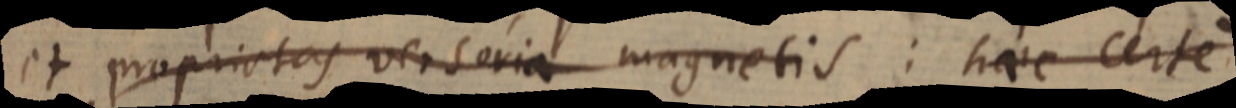
et proprietas versoria magnetis: haec certe